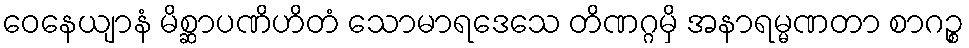
ဝေနေယျာနံ မိစ္ဆာပဏိဟိတံ သောမာရဒေသေ တိဏဂ္ဂမှိ အနာရမ္မဏတာ စာဂဉ္စ